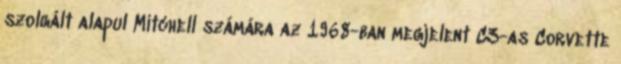
szolgált alapul Mitchell számára az 1968-ban megjelent C3-as Corvette